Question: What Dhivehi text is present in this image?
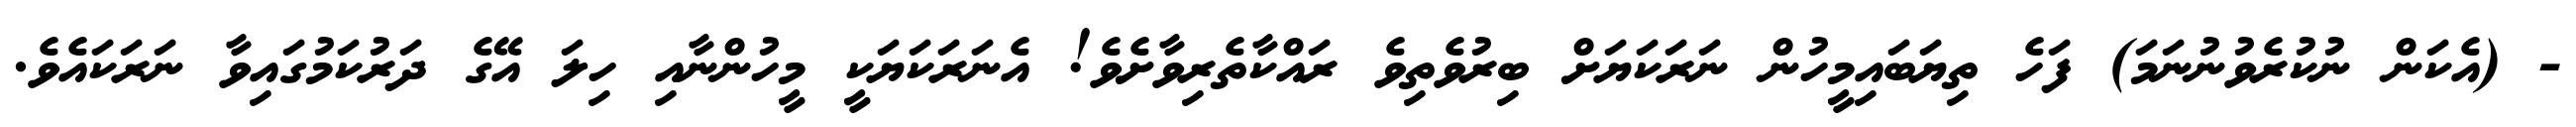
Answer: - (އެކަން ނުކުރެވުނުނަމަ) ފަހެ ތިޔަބައިމީހުން ނަރަކަޔަށް ބިރުވެތިވެ ރައްކާތެރިވާށެވެ! އެނަރަކަޔަކީ މީހުންނާއި ހިލަ އޭގެ ދަރުކަމުގައިވާ ނަރަކައެވެ.